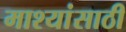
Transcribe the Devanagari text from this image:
माश्यांसाठी